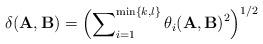
LaTeX: \begin{align*}\delta(\mathbf{A},\mathbf{B})=\Bigl(\sum\nolimits_{i=1}^{\min \{k,l\}}\theta_i(\mathbf{A},\mathbf{B})^2 \Bigr)^{1/2} \end{align*}